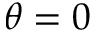
\theta = 0